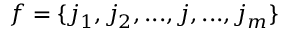
f = \{ j _ { 1 } , j _ { 2 } , . . . , j , . . . , j _ { m } \}